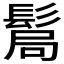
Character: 𩭊